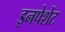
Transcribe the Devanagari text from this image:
इनपेशेंट